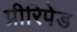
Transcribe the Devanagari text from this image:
प्रीरिपेड